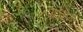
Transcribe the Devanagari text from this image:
गच्छेत्